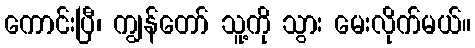
ကောင်းပြီ၊ ကျွန်တော် သူ့ကို သွား မေးလိုက်မယ်။